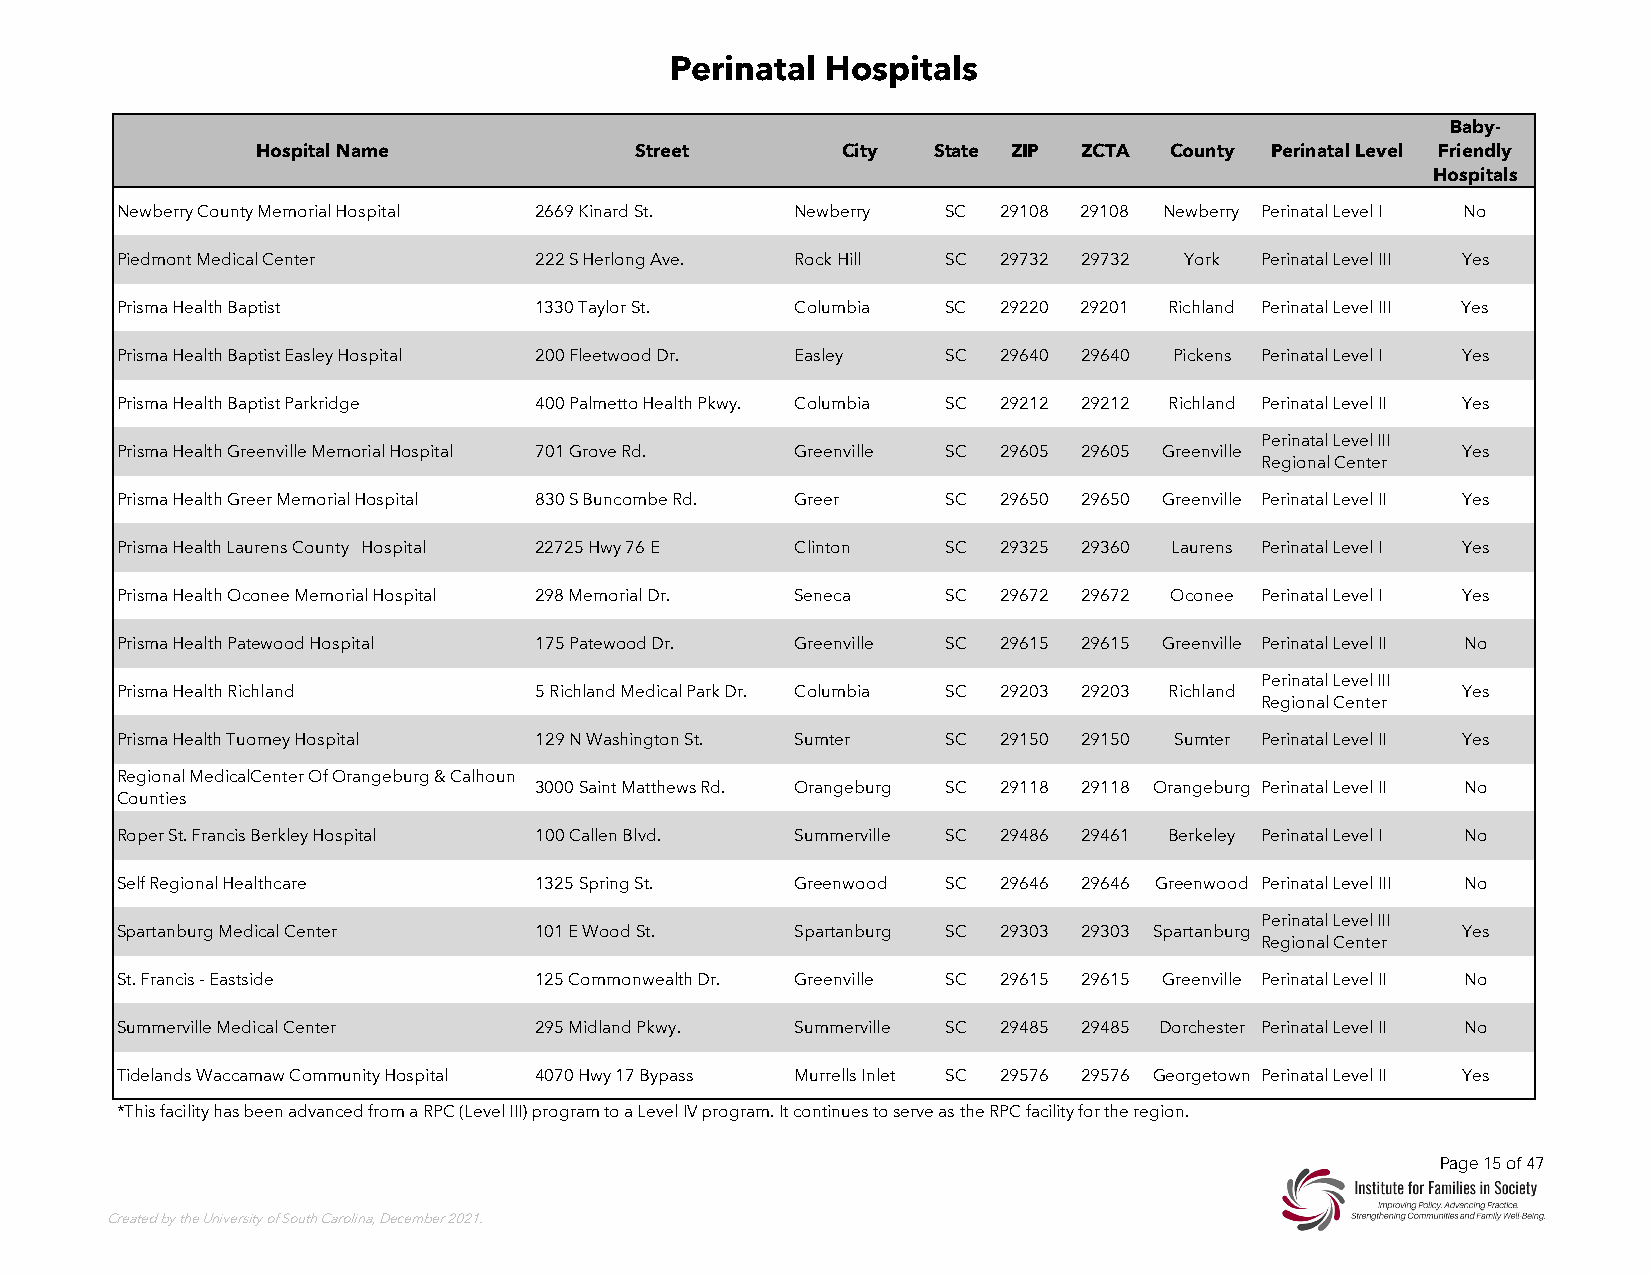
Perinatal Hospitals
 Baby-
 Hospital Name            Street        City  State ZIP ZCTA  County Perinatal Level Friendly
 Hospitals
 Newberry County Memorial Hospital 2669 Kinard St. Newberry SC 29108 29108 Newberry Perinatal Level I No
 Piedmont Medical Center     222 S Herlong Ave. Rock Hill SC 29732 29732 York Perinatal Level III Yes
 Prisma Health Baptist       1330 Taylor St.  Columbia  SC 29220 29201 Richland Perinatal Level III Yes
 Prisma Health Baptist Easley Hospital 200 Fleetwood Dr. Easley SC 29640 29640 Pickens Perinatal Level I Yes
 Prisma Health Baptist Parkridge 400 Palmetto Health Pkwy. Columbia SC 29212 29212 Richland Perinatal Level II Yes
 Perinatal Level III
 Prisma Health Greenville Memorial Hospital 701 Grove Rd. Greenville SC 29605 29605 Greenville Yes
 Regional Center
 Prisma Health Greer Memorial Hospital 830 S Buncombe Rd. Greer SC 29650 29650 Greenville Perinatal Level II Yes
 Prisma Health Laurens County Hospital 22725 Hwy 76 E Clinton SC 29325 29360 Laurens Perinatal Level I Yes
 Prisma Health Oconee Memorial Hospital 298 Memorial Dr. Seneca SC 29672 29672 Oconee Perinatal Level I Yes
 Prisma Health Patewood Hospital 175 Patewood Dr. Greenville SC 29615 29615 Greenville Perinatal Level II No
 Perinatal Level III
 Prisma Health Richland      5 Richland Medical Park Dr. Columbia SC 29203 29203 Richland Yes
 Regional Center
 Prisma Health Tuomey Hospital 129 N Washington St. Sumter SC 29150 29150 Sumter Perinatal Level II Yes
 Regional MedicalCenter Of Orangeburg & Calhoun
 3000 Saint Matthews Rd. Orangeburg SC 29118 29118 Orangeburg Perinatal Level II No
 Counties
 Roper St. Francis Berkley Hospital 100 Callen Blvd. Summerville SC 29486 29461 Berkeley Perinatal Level I No
 Self Regional Healthcare    1325 Spring St.  Greenwood SC 29646 29646 Greenwood Perinatal Level III No
 Perinatal Level III
 Spartanburg Medical Center  101 E Wood St.   Spartanburg SC 29303 29303 Spartanburg      Yes
 Regional Center
 St. Francis - Eastside      125 Commonwealth Dr. Greenville SC 29615 29615 Greenville Perinatal Level II No
 Summerville Medical Center  295 Midland Pkwy. Summerville SC 29485 29485 Dorchester Perinatal Level II No
 Tidelands Waccamaw Community Hospital 4070 Hwy 17 Bypass Murrells Inlet SC 29576 29576 Georgetown Perinatal Level II Yes
 *This facility has been advanced from a RPC (Level III) program to a Level IV program. It continues to serve as the RPC facility for the region.
 Page 15 of 47
 Created by the University of South Carolina, December 2021.